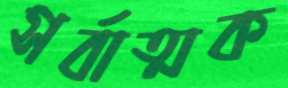
সর্বাত্মক